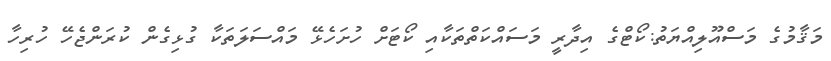
މަޤާމުގެ މަސްއޫލިއްޔަތު:ކޯޓްގެ އިދާރީ މަސައްކަތްތަކާއި ކޯޓަށް ހުށަހެޅޭ މައްސަލަތަކާ ގުޅިގެން ކުރަންޖެހޭ ހުރިހާ